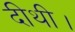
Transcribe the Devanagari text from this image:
दीथी।